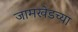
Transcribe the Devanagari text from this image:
जामखेडच्या